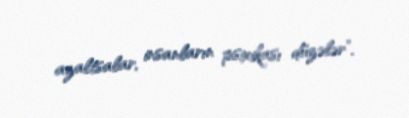
azaltsalar, insanların psixikası düzələr”.